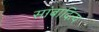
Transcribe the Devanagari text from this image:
सांबादित्य